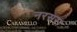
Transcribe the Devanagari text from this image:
नरसरा